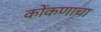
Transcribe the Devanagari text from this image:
कोंकणाचा